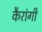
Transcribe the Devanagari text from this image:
कैरांगी